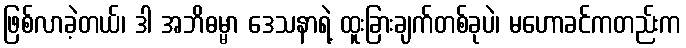
ဖြစ်လာခဲ့တယ်၊ ဒါ အဘိဓမ္မာ ဒေသနာရဲ့ ထူးခြားချက်တစ်ခုပဲ၊ မဟောခင်ကတည်းက